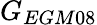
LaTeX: G_{EGM08}